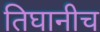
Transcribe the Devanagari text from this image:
तिघानीच